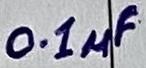
Text: 0.1µF